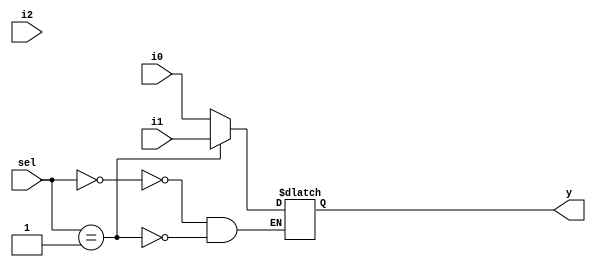

module incomp_case (input i0 , input i1 , input i2 , input [1:0] sel, output reg y);
always @ (*)
begin
	case(sel)
		2'b00 : y = i0;
		2'b01 : y = i1;
	endcase
end
endmodule